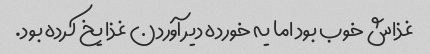
غذاش خوب بود اما یه خورده دیر آوردن غذا یخ کرده بود.